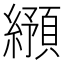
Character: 𬘂